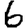
Digit: 6